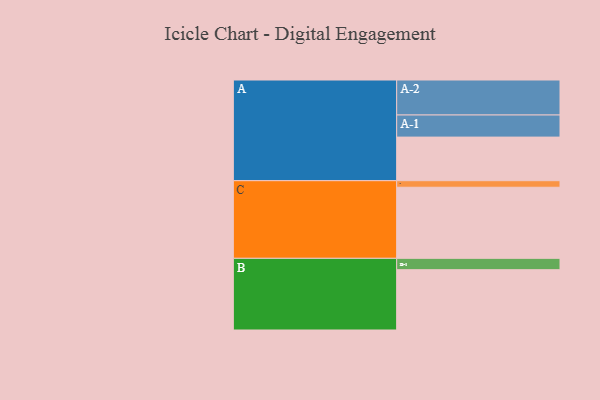
{"axis": {"x": "Segment", "y": "Value"}, "legend": ["", "A", "B", "C"], "data": [{"x": "A", "y": 365, "type": ""}, {"x": "B", "y": 505, "type": ""}, {"x": "C", "y": 595, "type": ""}, {"x": "A-1", "y": 185, "type": "A"}, {"x": "A-2", "y": 293, "type": "A"}, {"x": "B-1", "y": 95, "type": "B"}, {"x": "C-1", "y": 55, "type": "C"}]}